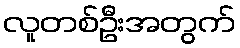
လူတစ်ဦးအတွက်